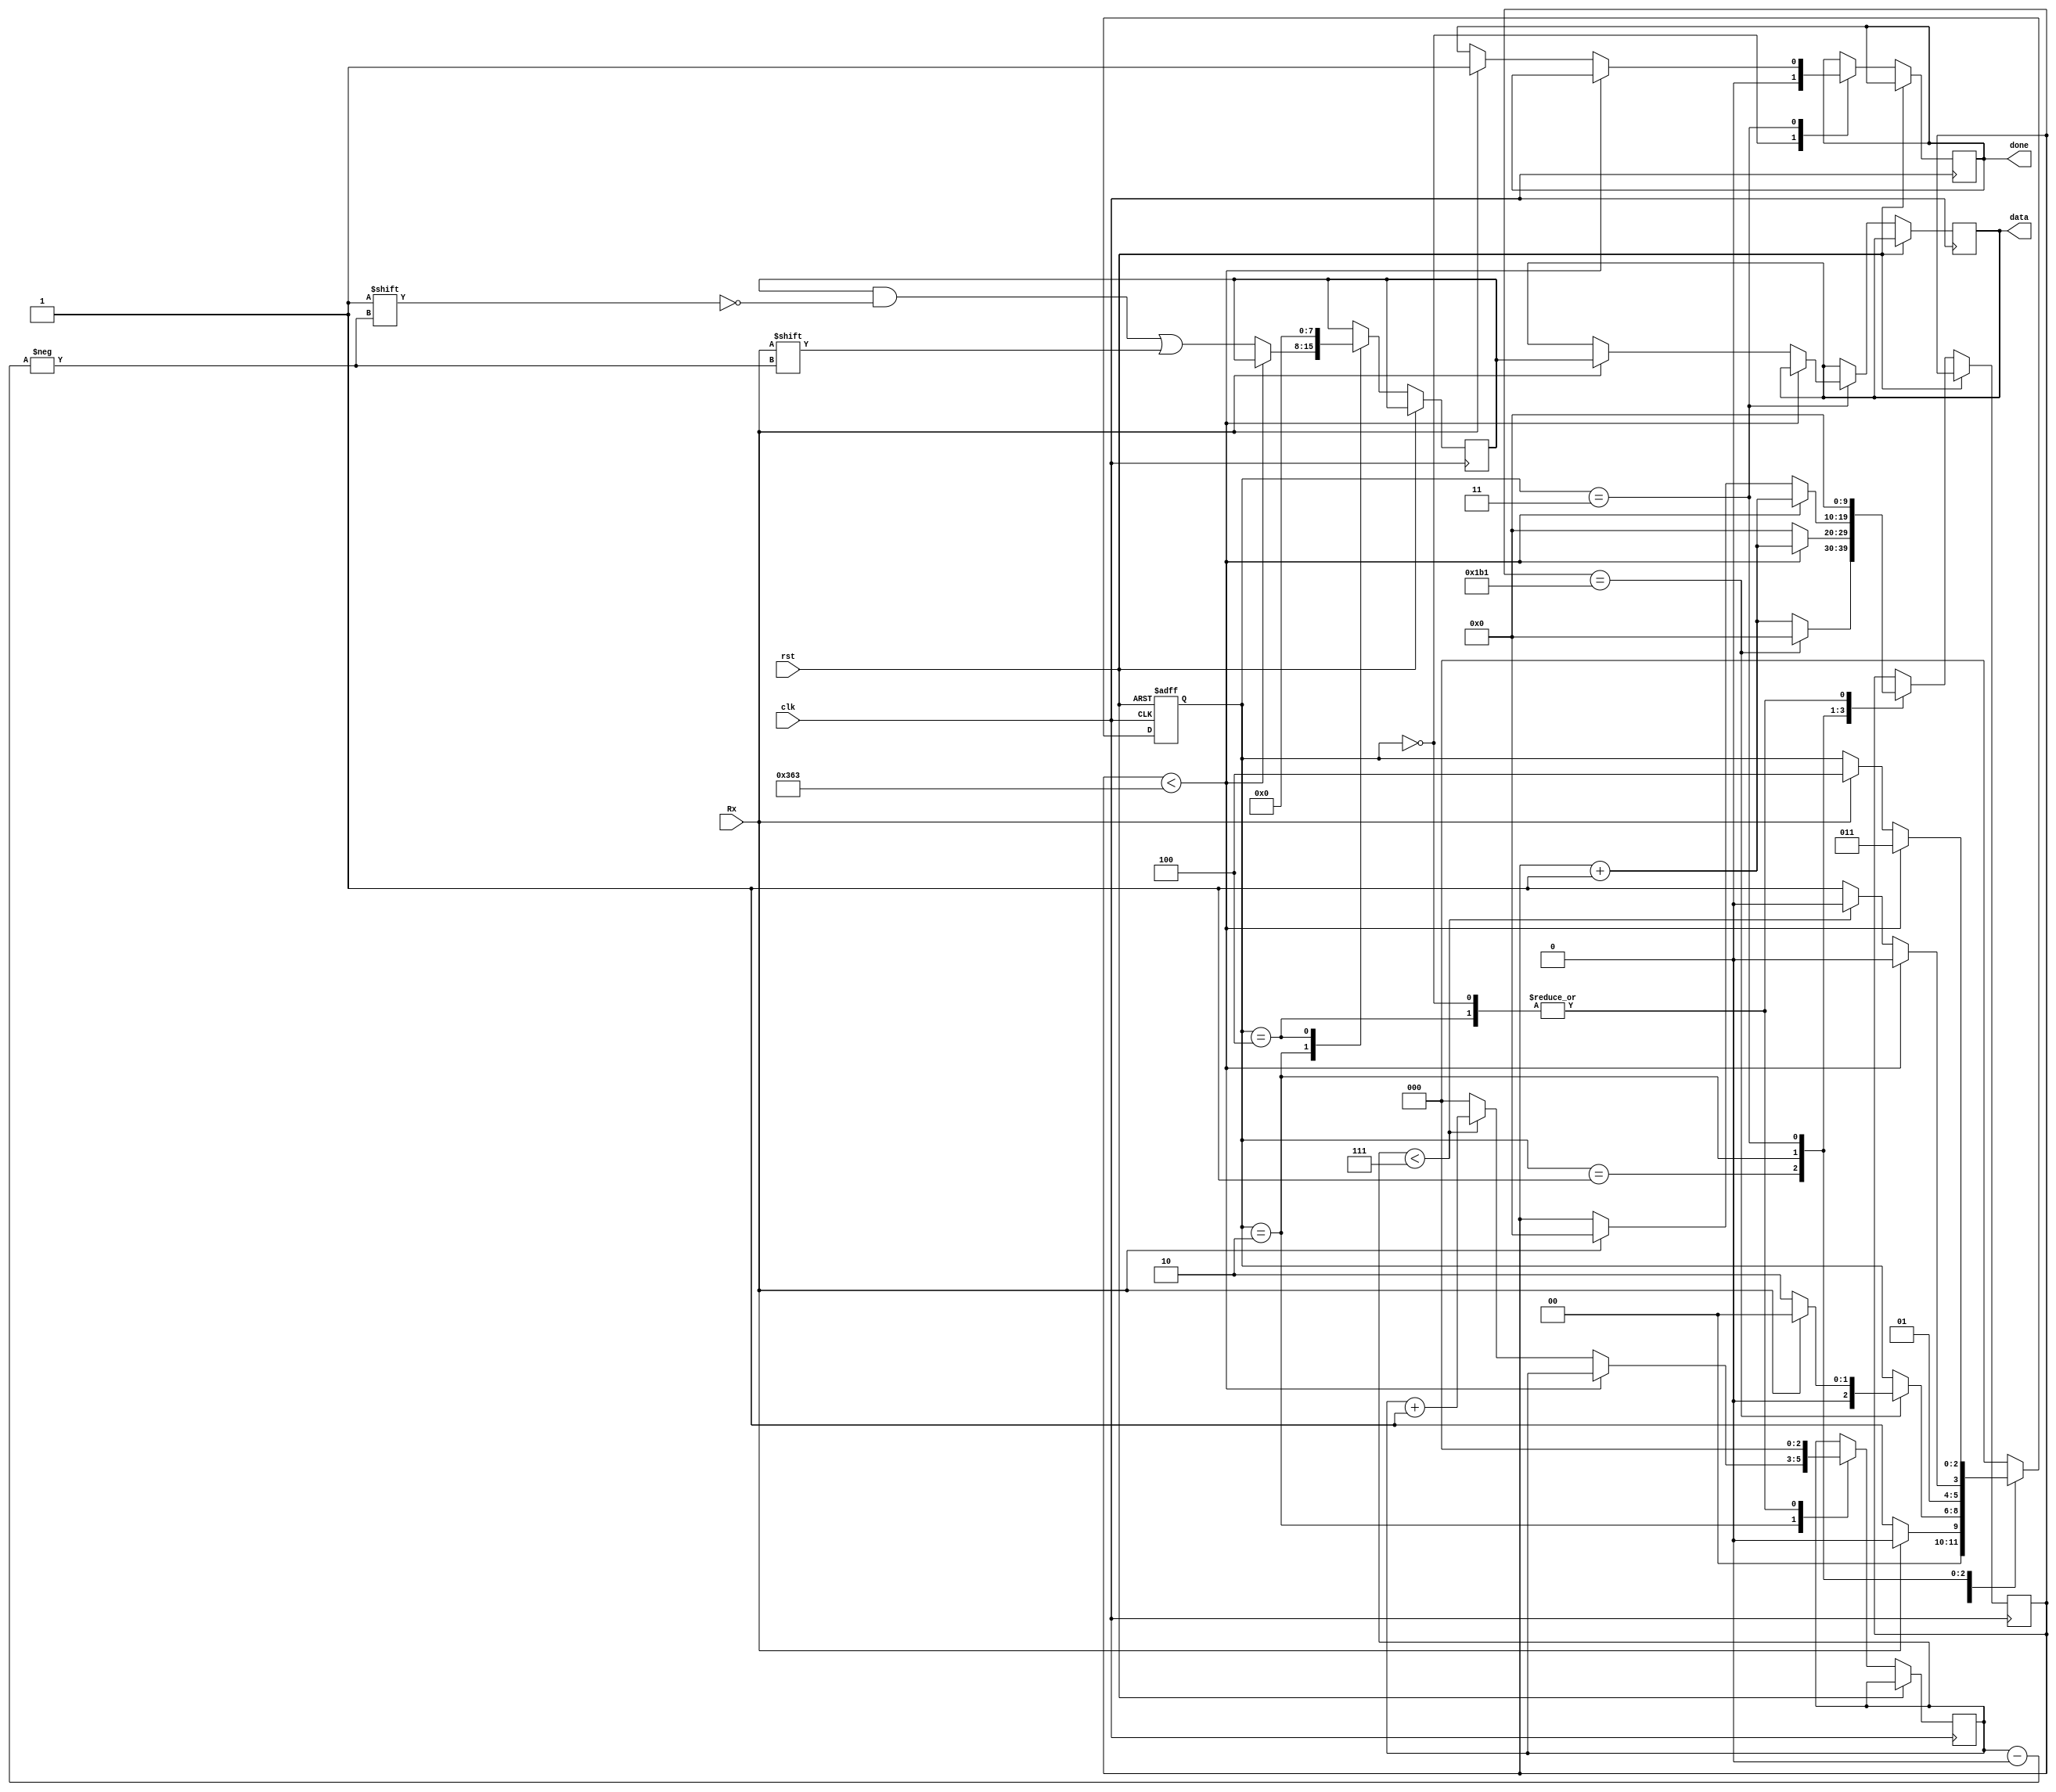

module UartReceiver
#(parameter CLOCK_PER_BIT = 868)
(data, done, clk, Rx, rst);
input clk, Rx, rst;
output [7:0] data;
output done;
reg [7:0] data;
reg done;


/*
1. xc7a100t-1csg324 has clock frequency of 100MHz.
2. This uart_rx works at the baud rate of 115200.
3. Clock per bit = clock frequency / baud rate = 100MHz /115200 = 868.
3. sm -> state machine.
4. rx_temp -> data from Rx is latched on this FF. 
5. Rx -> it brings 1 byte data bit by bit and each bit remains on this line
	for no. of clk = ClOCK_PER_BIT
6. data -> all bits of rx_temp are latched to it after a succesful transmission

*/
//parameter ClOCK_PER_BIT = 868;

/*
1. There 5 states in the uart.
2. the state machine is called 
3. Idle = 0, rx_start_bit = 1, rx_temp_bits = 2, rx_stop_bit = 3, rx_reset = 4;
*/
parameter IDLE = 3'd0;
parameter RX_START_BIT = 3'd1;
parameter RX_DATA_BITS = 3'd2;
parameter RX_STOP_BIT = 3'd3;
parameter RX_RESET = 3'd4;

reg [9:0] clock_count = 10'd0; // clock per bit = 868 use [9:0]
reg [7:0] rx_temp = 8'd0; 
reg [2:0] rx_temp_index = 3'd0;
reg [2:0] RX_SM_STATE = 3'd0; // RX_SM_STATE = IDLE

always @(negedge clk or posedge rst)
begin
/*
1. serial data is sampled at half of clock per bit
*/
	if ( rst == 1'b1)
		RX_SM_STATE <= RX_RESET;
	else
	begin
		case (RX_SM_STATE)
			IDLE:
/*
1. clock_count = 0, rx_temp_index = 0.
2. serial data received is 0, then sm goes to rx_start_bit state.
*/
			begin
				clock_count <= 10'd0;
				rx_temp_index <= 3'd0;
				done <= 1'b0;
				if (Rx == 1'b0)
					RX_SM_STATE <= RX_START_BIT;
				else
					RX_SM_STATE <= IDLE;
			end
			
			RX_START_BIT:
/*
1. clock_count keeps incremented till reaches half of CLOCK_PER_BIT, then serial data is sampled.
2. if serial data  remains 0 for half of clock per bit, then sm moves rx_temp_bits
	state.
*/
			begin
				if ( clock_count == (CLOCK_PER_BIT - 1)/2)
					begin
						if ( Rx == 1'b0)
							begin
								clock_count <= 10'd0; // resetting the clock_count
								RX_SM_STATE <= RX_DATA_BITS;
							end
						else
							begin
								clock_count <= 10'd0;
								RX_SM_STATE <= IDLE;
							end
					end
				else
					clock_count <= clock_count + 1;
			end
			
			RX_DATA_BITS:
	/*
1. since we sample start bit at half of CLOCK_PER_BIT, if we increment clock_count to
	(CLOCK_PER_BIT-1), then data bit will automatically be sampled at half of CLOCK_PER_BIT.
	Similiar for next bit, reset clock_count and increment it to (CLOCK_PER_BIT-1).
*/	
			begin
				if (clock_count < (CLOCK_PER_BIT - 1))
				begin
					clock_count <= clock_count + 1;
					RX_SM_STATE <= RX_DATA_BITS;
				end
				else
				begin
					clock_count <= 10'd0;
					rx_temp[rx_temp_index] <= Rx;
					if ( rx_temp_index < 7) 
					begin
						rx_temp_index <= rx_temp_index + 1;
						RX_SM_STATE <= RX_DATA_BITS;
					end
					else
					begin
						rx_temp_index <= 3'd0;
						RX_SM_STATE <= RX_STOP_BIT;
					end
				end
			end
					
			RX_STOP_BIT:
/*
1. stop bit = 1, then 1 byte data is received.
2. set data = rx_temp
*/
			begin
				if (clock_count < (CLOCK_PER_BIT - 1))
				begin
				clock_count <= clock_count + 1;
				RX_SM_STATE <= RX_STOP_BIT;
				end
				else 
				begin
					if (Rx)
					begin
						done <= 1'b1;
						data <= rx_temp;
						clock_count <= 10'd0;
						RX_SM_STATE <= RX_RESET;
					end
				end
			end
			
			RX_RESET:
/*
1. cleaning rx_temp register by setting to 8'd0;
2. moving to idle state.
*/
			begin
				rx_temp <= 8'd0;
				rx_temp_index <= 3'd0;
				clock_count <= 10'd0;
				RX_SM_STATE <= IDLE;
			end
			
			default:
				RX_SM_STATE <= IDLE;
		endcase
	end
end
endmodule